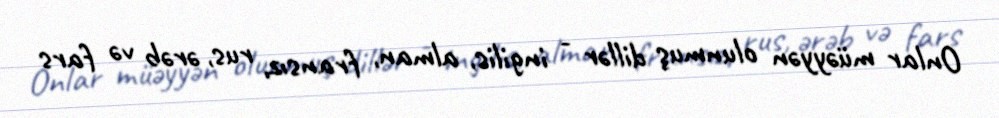
Onlar müəyyən olunmuş dillər - ingilis, alman, fransız, rus, ərəb və fars